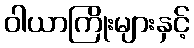
ဝါယာကြိုးများနှင့်